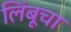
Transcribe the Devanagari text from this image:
लिंबूचा